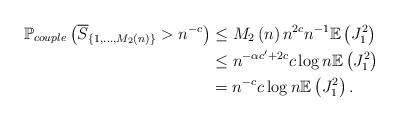
LaTeX: \begin{align*}\mathbb{P}_{couple}\left(\overline{S}_{\left\{ 1,...,M_{2}\left(n\right)\right\} }>n^{-c}\right) & \leq M_{2}\left(n\right)n^{2c}n^{-1}\mathbb{E}\left(J_{1}^{2}\right)\\ & \leq n^{-\alpha c'+2c}c\log n\mathbb{E}\left(J_{1}^{2}\right)\\ & =n^{-c}c\log n\mathbb{E}\left(J_{1}^{2}\right).\end{align*}